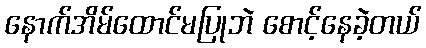
နောက်အိမ်ထောင်မပြုဘဲ စောင့်နေခဲ့တယ်